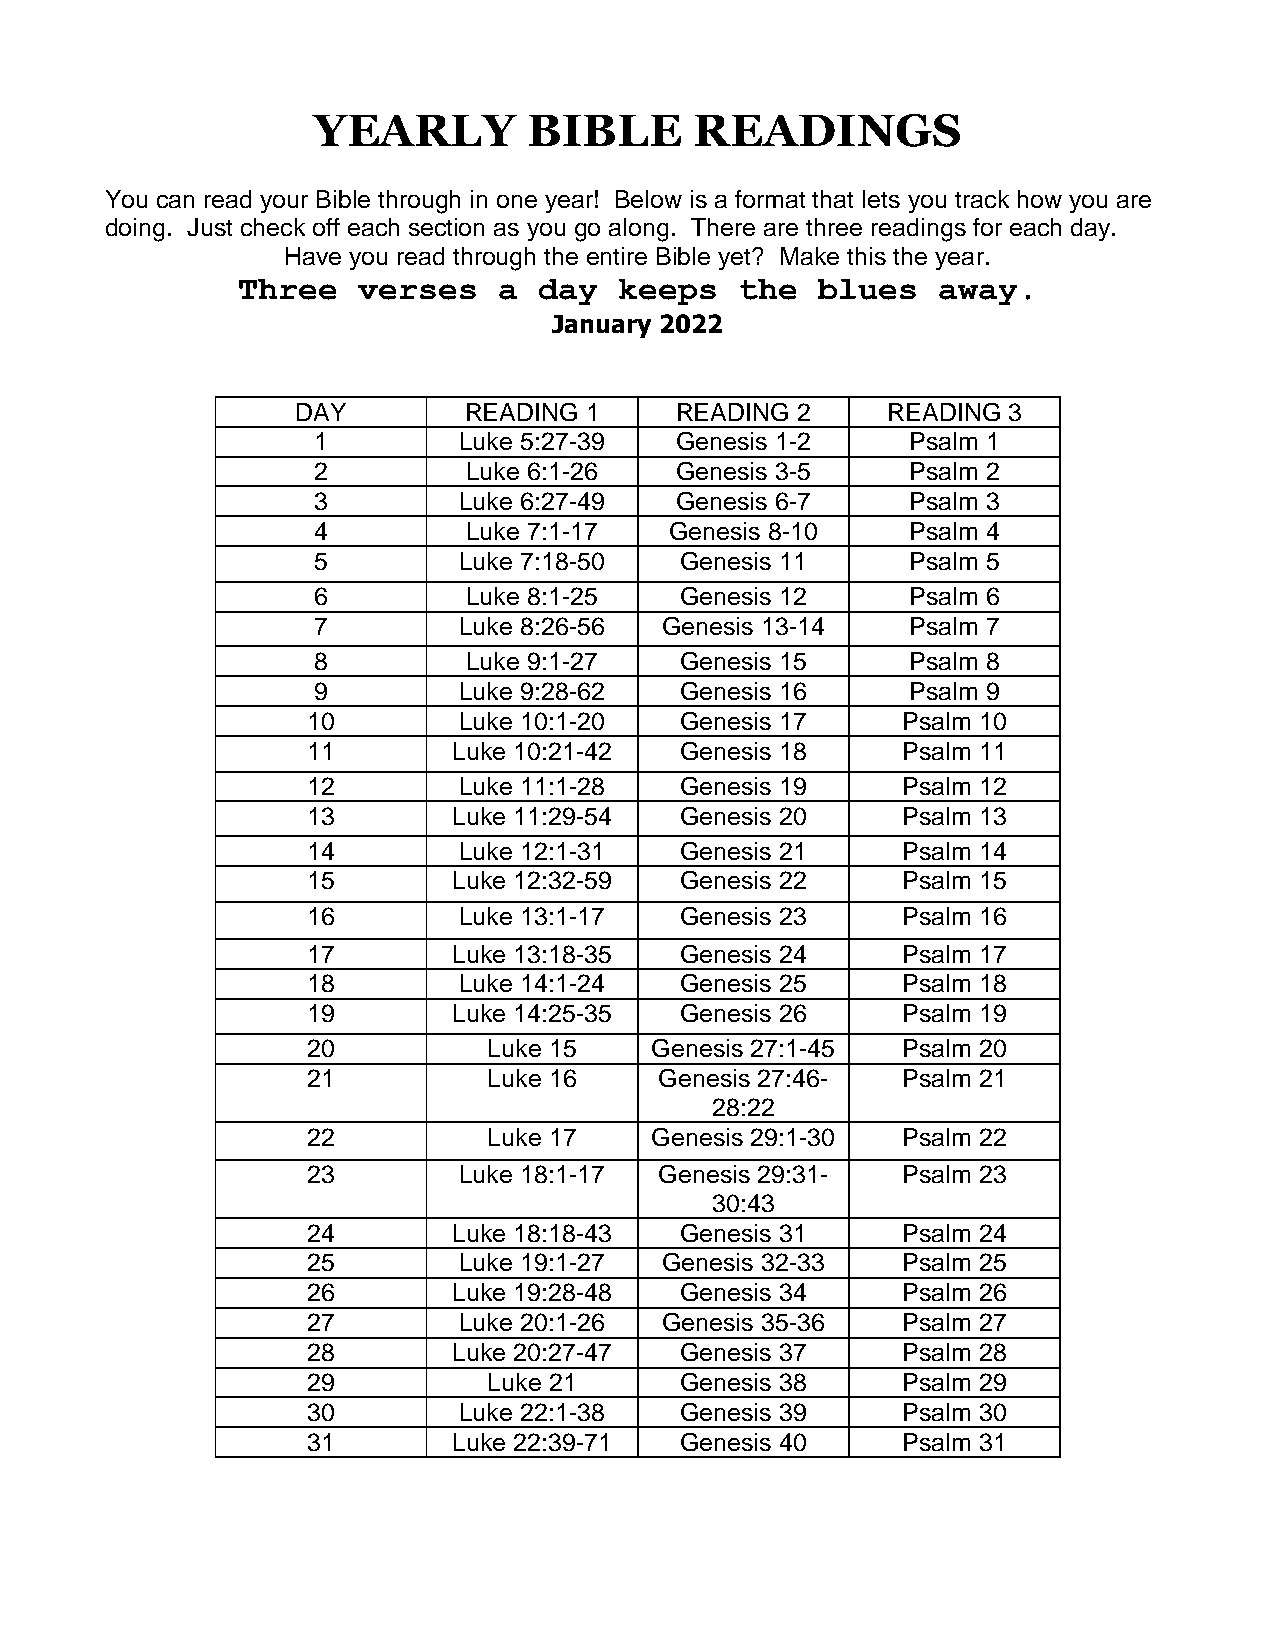
YEARLY        BIBLE      READINGS
 You can read your Bible through in one year! Below is a format that lets you track how you are
 doing. Just check off each section as you go along. There are three readings for each day.
 Have you read through the entire Bible yet? Make this the year.
 Three   verses   a  day  keeps   the  blues   away.
 January 2022
 DAY        READING 1     READING 2     READING 3
 1        Luke 5:27-39   Genesis 1-2    Psalm 1
 2         Luke 6:1-26   Genesis 3-5    Psalm 2
 3        Luke 6:27-49   Genesis 6-7    Psalm 3
 4         Luke 7:1-17  Genesis 8-10    Psalm 4
 5        Luke 7:18-50   Genesis 11     Psalm 5
 6         Luke 8:1-25   Genesis 12     Psalm 6
 7        Luke 8:26-56  Genesis 13-14   Psalm 7
 8         Luke 9:1-27   Genesis 15     Psalm 8
 9        Luke 9:28-62   Genesis 16     Psalm 9
 10        Luke 10:1-20   Genesis 17     Psalm 10
 11        Luke 10:21-42  Genesis 18     Psalm 11
 12        Luke 11:1-28   Genesis 19     Psalm 12
 13        Luke 11:29-54  Genesis 20     Psalm 13
 14        Luke 12:1-31   Genesis 21     Psalm 14
 15        Luke 12:32-59  Genesis 22     Psalm 15
 16        Luke 13:1-17   Genesis 23     Psalm 16
 17        Luke 13:18-35  Genesis 24     Psalm 17
 18        Luke 14:1-24   Genesis 25     Psalm 18
 19        Luke 14:25-35  Genesis 26     Psalm 19
 20          Luke 15    Genesis 27:1-45  Psalm 20
 21          Luke 16     Genesis 27:46-  Psalm 21
 28:22
 22          Luke 17    Genesis 29:1-30  Psalm 22
 23        Luke 18:1-17  Genesis 29:31-  Psalm 23
 30:43
 24        Luke 18:18-43  Genesis 31     Psalm 24
 25        Luke 19:1-27  Genesis 32-33   Psalm 25
 26        Luke 19:28-48  Genesis 34     Psalm 26
 27        Luke 20:1-26  Genesis 35-36   Psalm 27
 28        Luke 20:27-47  Genesis 37     Psalm 28
 29          Luke 21      Genesis 38     Psalm 29
 30        Luke 22:1-38   Genesis 39     Psalm 30
 31        Luke 22:39-71  Genesis 40     Psalm 31